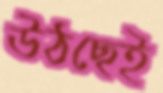
উঠছেই